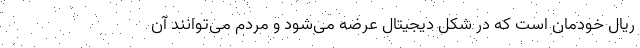
ریال خودمان است که در شکل دیجیتال عرضه می‌شود و مردم می‌توانند آن